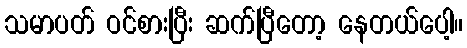
သမာပတ် ဝင်စားပြီး ဆက်ပြီတော့ နေတယ်ပေါ့။